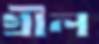
গ্রীল